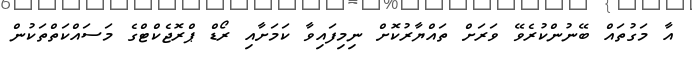
އާ މަގުތައް ބޭނުންކުރެވޭ ވަރަށް ތައްޔާރުކޮށް ނިމިފައިވާ ކަމަށާއި ރޯޑް ޕްރޮޖެކްޓްގެ މަސައްކަތްތަކުން